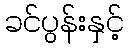
ခင်ပွန်းနှင့်